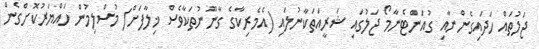
ޖަލުތައް ހަދައިގެންނާއި ގުއަންޓެނާމޯ ޖަލުގައި ޝަރީއަތަކާނުލައި (އެމެރިކާގެ ގާނޫނުތަކާވެސް ޚިލާފަށް) މުސްލިމުން ހައްޔަރުކޮށްގެން